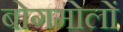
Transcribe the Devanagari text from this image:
बोगमोलों